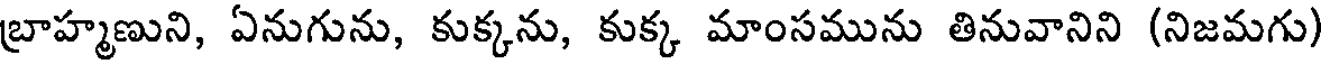
బ్రాహ్మణుని, ఏనుగును, కుక్కను, కుక్క మాంసమును తినువానిని (నిజమగు)